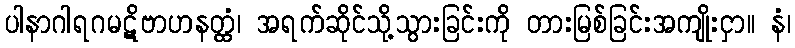
ပါနာဂါရဂမဋိဗာဟနတ္ထံ၊ အရက်ဆိုင်သို့သွားခြင်းကို တားမြစ်ခြင်းအကျိုးငှာ။ နံ၊